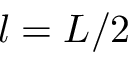
l = L / 2